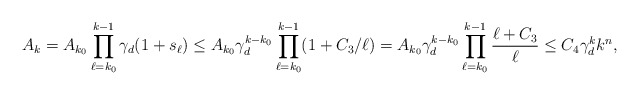
\begin{align*}A_k= A_{k_0}\prod_{\ell = k_0}^{k - 1} \gamma_d(1 + s_\ell)\leq A_{k_0}\gamma_d^{k - k_0} \prod_{\ell = k_0}^{k - 1} (1 + C_3/\ell)= A_{k_0} \gamma_d^{k - k_0}\prod_{\ell = k_0}^{k - 1} \frac{\ell + C_3}{\ell}\leq C_4 \gamma_d^k k^n,\end{align*}